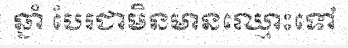
ឆ្នាំ បែរជាមិនមានឈ្មោះទៅ